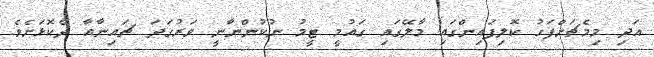
އަދި މިމެޗަށްފަހު ކޮލިފައިންގައި މާލޭގައި ގައުމީ ޓީމު ނުކުންނާނީ ވަރުގަދަ ޗައިނާއާ ދެކޮޅަށެވެ.